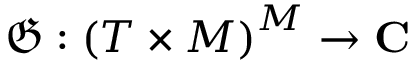
{ \mathfrak { G } } : { { ( T \times M ) } ^ { M } } \to \mathbf { C }